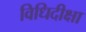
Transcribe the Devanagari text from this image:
विधिदीक्षा